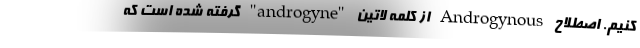
کنیم. اصطلاح Androgynous از کلمه لاتین "androgyne" گرفته شده است که